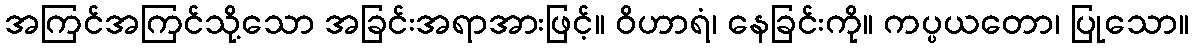
အကြင်အကြင်သို့သော အခြင်းအရာအားဖြင့်။ ဝိဟာရံ၊ နေခြင်းကို။ ကပ္ပယတော၊ ပြုသော။